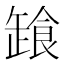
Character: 𩛒